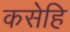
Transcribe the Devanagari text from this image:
कसेहि